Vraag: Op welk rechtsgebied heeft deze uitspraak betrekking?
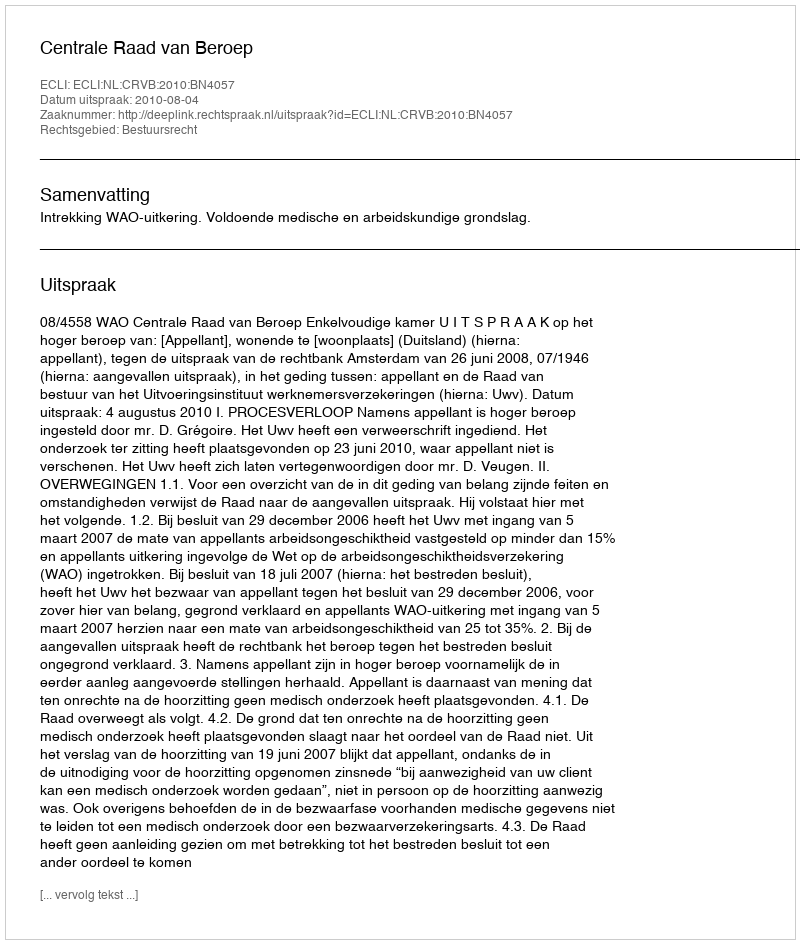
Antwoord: Bestuursrecht